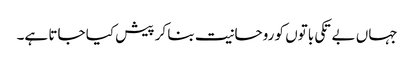
جہاں بے تکی باتوں کو روحانیت بنا کر پیش کیا جاتا ہے۔